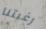
رغبتنا